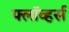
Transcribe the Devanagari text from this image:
फ्लॉव्हर्स